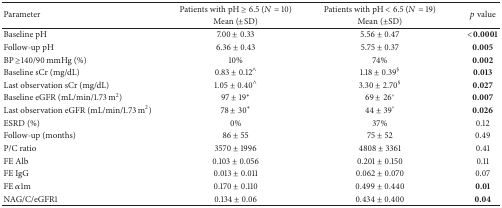
| <ROWSPAN=2> Parameter | Patients with pH ≥ 6.5 (N = 10) | Patients with pH < 6.5 (N = 19) | <ROWSPAN=2> p value |
 | Mean (±SD) | Mean (±SD) |
 | --- | --- | --- | --- |
 | Baseline pH | 7.00 ± 0.33 | 5.56 ± 0.47 | <0.0001 |
 | Follow-up pH | 6.36 ± 0.43 | 5.75 ± 0.37 | 0.005 |
 | BP ≥140/90 mmHg (%) | 10% | 74% | 0.002 |
 | Baseline sCr (mg/dL) | 0.83 ± 0.12∧ | 1.18 ± 0.39§ | 0.013 |
 | Last observation sCr (mg/dL) | 1.05 ± 0.40∧ | 3.30 ± 2.70§ | 0.027 |
 | Baseline eGFR (mL/min/1.73 m2) | 97 ± 19∗ | 69 ± 26° | 0.007 |
 | Last observation eGFR (mL/min/1.73 m2) | 78 ± 30∗ | 44 ± 39° | 0.026 |
 | ESRD (%) | 0% | 37% | 0.12 |
 | Follow-up (months) | 86 ± 55 | 75 ± 52 | 0.49 |
 | P/C ratio | 3570 ± 1996 | 4808 ± 3361 | 0.41 |
 | FE Alb | 0.103 ± 0.056 | 0.201 ± 0.150 | 0.11 |
 | FE IgG | 0.013 ± 0.011 | 0.062 ± 0.070 | 0.07 |
 | FE α1m | 0.170 ± 0.110 | 0.499 ± 0.440 | 0.01 |
 | NAG/C/eGFR1 | 0.134 ± 0.06 | 0.434 ± 0.400 | 0.04 |